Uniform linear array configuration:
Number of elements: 24
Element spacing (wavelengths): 0.5
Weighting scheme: cosine
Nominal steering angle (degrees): -45
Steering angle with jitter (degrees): -46.391
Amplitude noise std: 0.05
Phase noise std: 0.05

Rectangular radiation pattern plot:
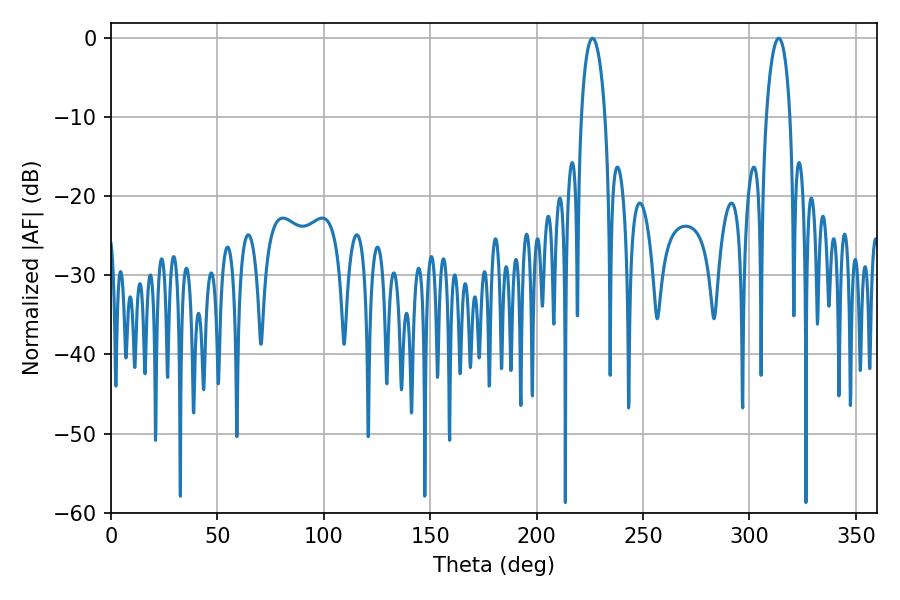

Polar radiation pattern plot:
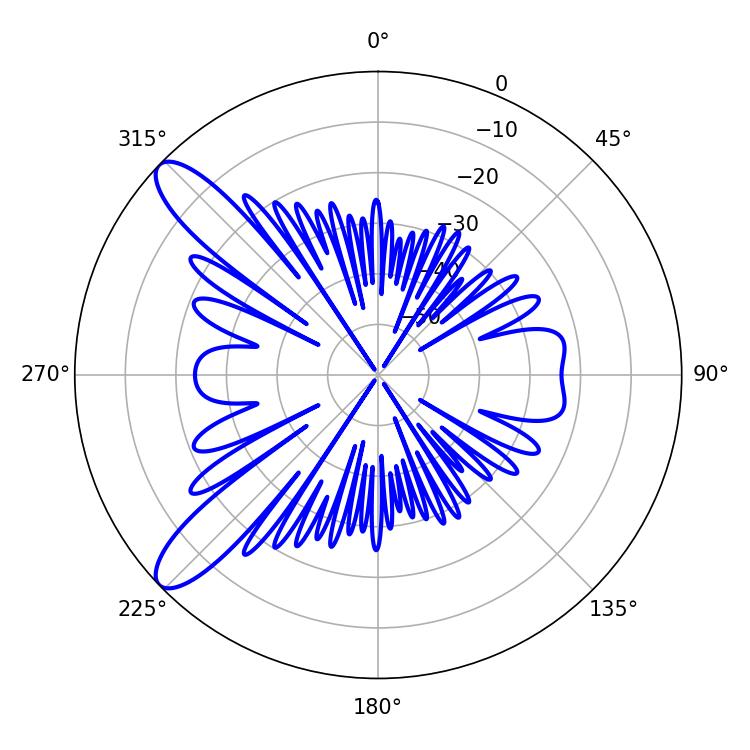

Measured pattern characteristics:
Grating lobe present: FALSE
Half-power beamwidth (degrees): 6.3
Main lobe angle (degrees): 313.74